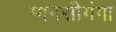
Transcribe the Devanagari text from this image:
मानसीगंगा